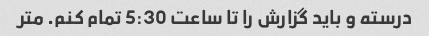
درسته و باید گزارش را تا ساعت 5:30 تمام کنم. متر